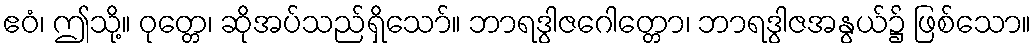
ဧဝံ၊ ဤသို့။ ဝုတ္တေ၊ ဆိုအပ်သည်ရှိသော်။ ဘာရဒွါဇဂေါတ္တော၊ ဘာရဒွါဇအနွယ်၌ ဖြစ်သော။